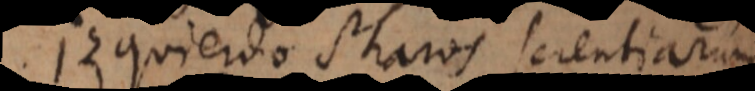
Izquierdo Pharos scientiarum.